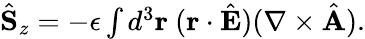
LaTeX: \begin{array}{r}{\hat{\mathbf S}_{z}=-\epsilon\int d^{3}{\mathbf r}\ ({\mathbf r}\cdot\hat{\mathbf E})(\nabla\times\hat{\mathbf A}).}\end{array}